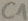
Text: C1